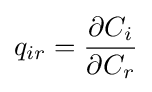
q_{ir}={\frac {\partial C_{i}}{\partial C_{r}}}